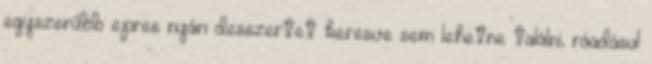
egyszerűbb epres nyári desszertet keresve sem lehetne találni, ráadásul